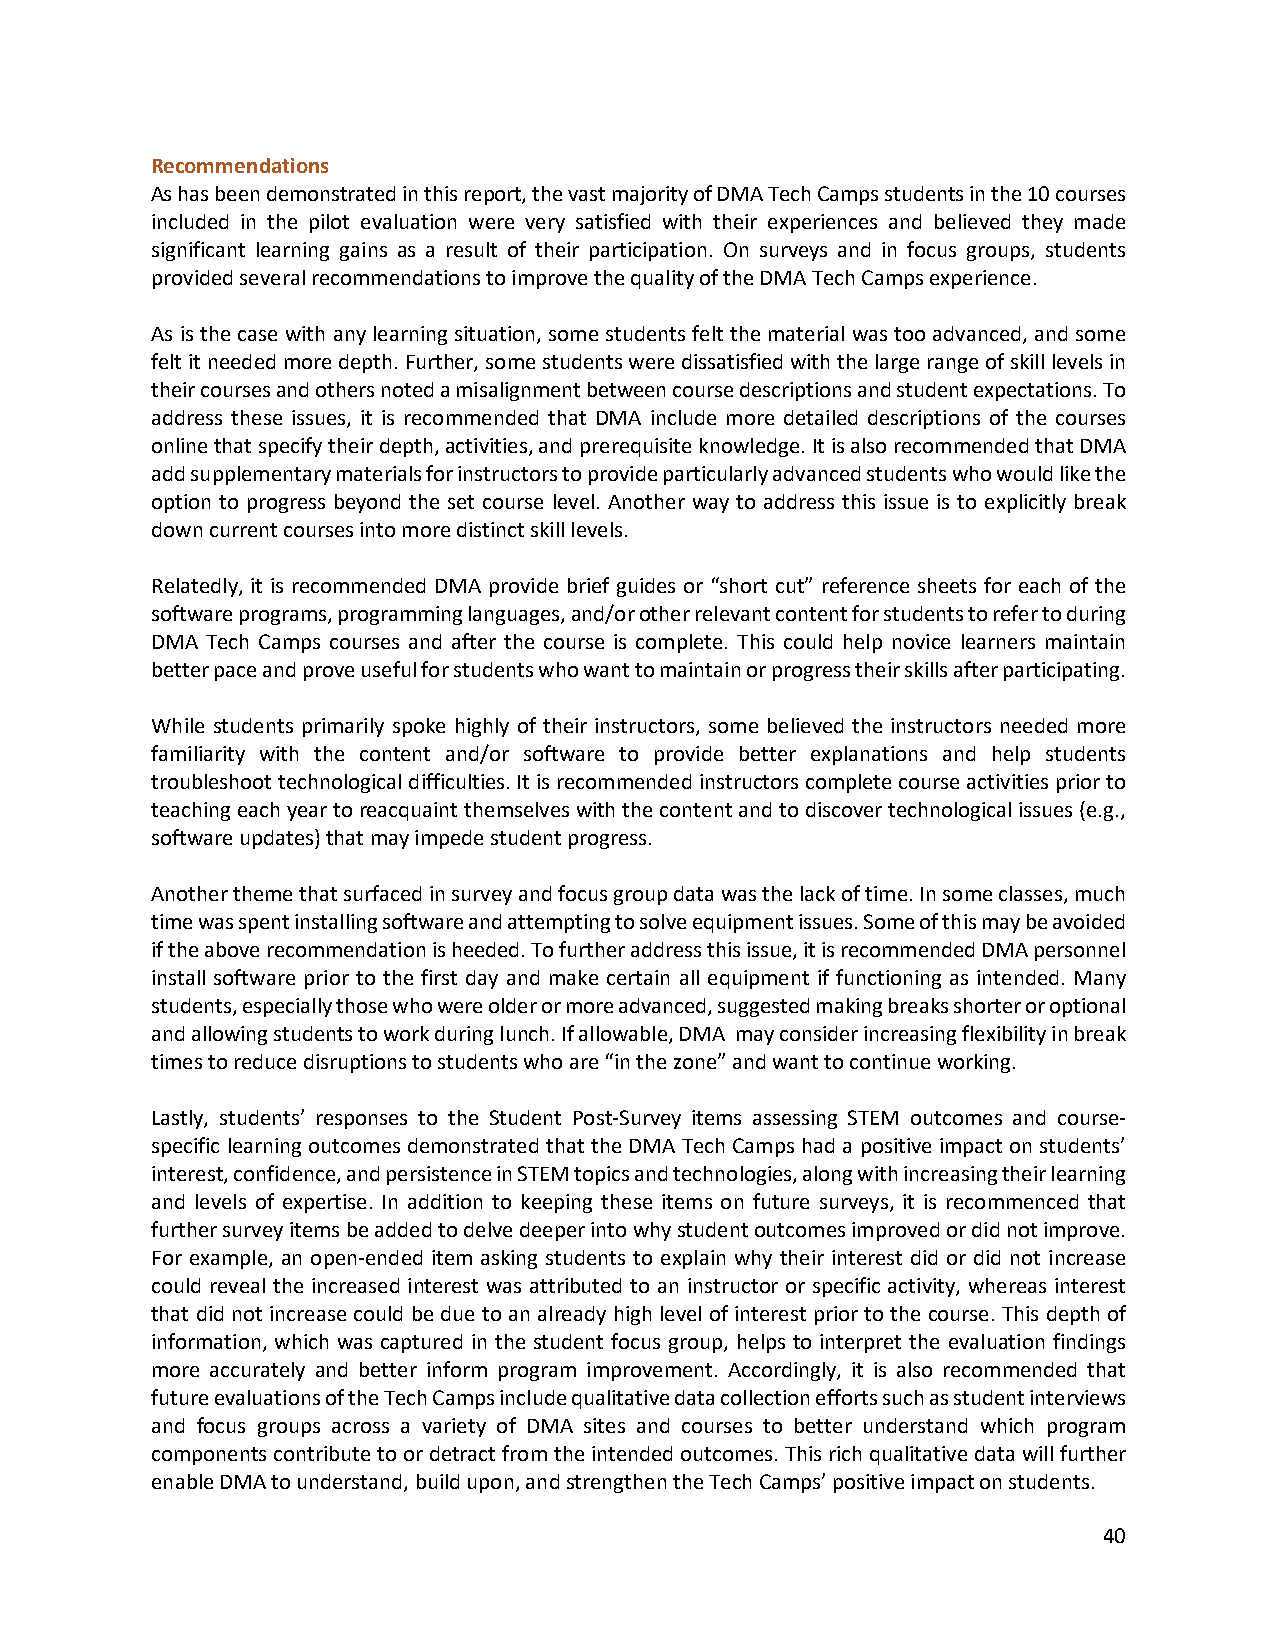
Recommendations
 As has been demonstrated in this report, the vast majority of DMA Tech Camps students in the 10 courses
 included in the pilot evaluation were very satisfied with their experiences and believed they made
 significant learning gains as a result of their participation. On surveys and in focus groups, students
 provided several recommendations to improve the quality of the DMA Tech Camps experience.
 As is the case with any learning situation, some students felt the material was too advanced, and some
 felt it needed more depth. Further, some students were dissatisfied with the large range of skill levels in
 their courses and others noted a misalignment between course descriptions and student expectations. To
 address these issues, it is recommended that DMA include more detailed descriptions of the courses
 online that specify their depth, activities, and prerequisite knowledge. It is also recommended that DMA
 add supplementary materials for instructors to provide particularly advanced students who would like the
 option to progress beyond the set course level. Another way to address this issue is to explicitly break
 down current courses into more distinct skill levels.
 Relatedly, it is recommended DMA provide brief guides or “short cut” reference sheets for each of the
 software programs, programming languages, and/or other relevant content for students to refer to during
 DMA Tech Camps courses and after the course is complete. This could help novice learners maintain
 better pace and prove useful for students who want to maintain or progress their skills after participating.
 While students primarily spoke highly of their instructors, some believed the instructors needed more
 familiarity with the content and/or software to provide better explanations and help students
 troubleshoot technological difficulties. It is recommended instructors complete course activities prior to
 teaching each year to reacquaint themselves with the content and to discover technological issues (e.g.,
 software updates) that may impede student progress.
 Another theme that surfaced in survey and focus group data was the lack of time. In some classes, much
 time was spent installing software and attempting to solve equipment issues. Some of this may be avoided
 if the above recommendation is heeded. To further address this issue, it is recommended DMA personnel
 install software prior to the first day and make certain all equipment if functioning as intended. Many
 students, especially those who were older or more advanced, suggested making breaks shorter or optional
 and allowing students to work during lunch. If allowable, DMA may consider increasing flexibility in break
 times to reduce disruptions to students who are “in the zone” and want to continue working.
 Lastly, students’ responses to the Student Post-Survey items assessing STEM outcomes and course-
 specific learning outcomes demonstrated that the DMA Tech Camps had a positive impact on students’
 interest, confidence, and persistence in STEM topics and technologies, along with increasing their learning
 and levels of expertise. In addition to keeping these items on future surveys, it is recommenced that
 further survey items be added to delve deeper into why student outcomes improved or did not improve.
 For example, an open-ended item asking students to explain why their interest did or did not increase
 could reveal the increased interest was attributed to an instructor or specific activity, whereas interest
 that did not increase could be due to an already high level of interest prior to the course. This depth of
 information, which was captured in the student focus group, helps to interpret the evaluation findings
 more accurately and better inform program improvement. Accordingly, it is also recommended that
 future evaluations of the Tech Camps include qualitative data collection efforts such as student interviews
 and focus groups across a variety of DMA sites and courses to better understand which program
 components contribute to or detract from the intended outcomes. This rich qualitative data will further
 enable DMA to understand, build upon, and strengthen the Tech Camps’ positive impact on students.
 40